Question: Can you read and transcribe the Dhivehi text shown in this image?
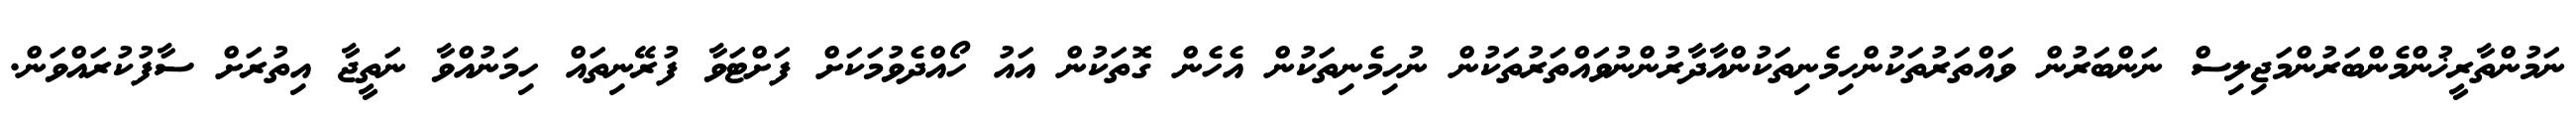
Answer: ނަމުންތާރީޚުންމެންބަރުންމަޖިލިސް ނަންބަރުން ވައްތަރުތަކުންހިމެނިތަކުންއާދާރުންނުވައްތަރުތަކުން ނުހިމެނިތަކުން އެހެން ގޮތަކުން އައު ހޯއްދެވުމަކަށް ފަށްޓަވާ ފުރޭނިތައް ހިމަނުއްވާ ނަތީޖާ އިތުރަށް ސާފުކުރައްވަން.